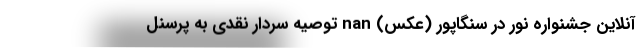
آنلاین جشنواره نور در سنگاپور (عکس) nan توصیه سردار نقدی به پرسنل